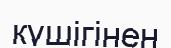
күшігінен